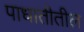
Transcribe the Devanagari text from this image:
पाधातीतील